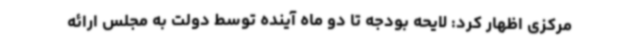
مرکزی اظهار کرد: لایحه بودجه تا دو ماه آینده توسط دولت به مجلس ارائه